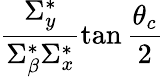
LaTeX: \frac{\Sigma_{y}^{*}}{\Sigma_{\beta}^{*}\Sigma_{x}^{*}}\tan\frac{\theta_{c}}{2}